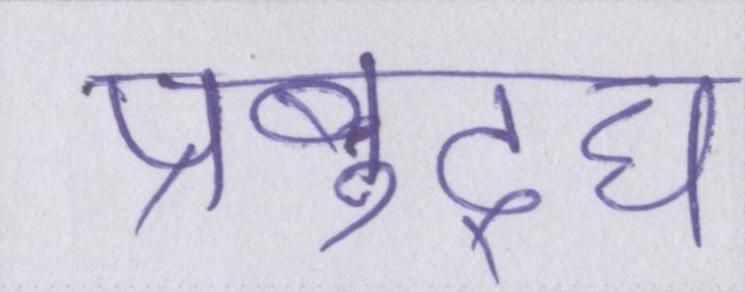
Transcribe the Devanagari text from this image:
प्रबुद्घ